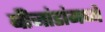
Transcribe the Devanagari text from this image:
बीजांडांमध्ये